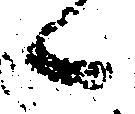
候